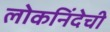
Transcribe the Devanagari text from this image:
लोकनिंदेची